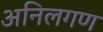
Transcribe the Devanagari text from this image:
अनिलगण